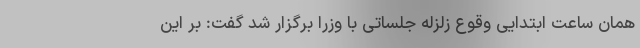
همان ساعت ابتدایی وقوع زلزله جلساتی با وزرا برگزار شد گفت: بر این